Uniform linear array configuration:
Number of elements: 16
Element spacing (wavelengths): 0.5
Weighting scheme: blackman
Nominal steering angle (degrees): -15
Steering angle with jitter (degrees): -15.536
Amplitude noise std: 0.05
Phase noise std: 0.05

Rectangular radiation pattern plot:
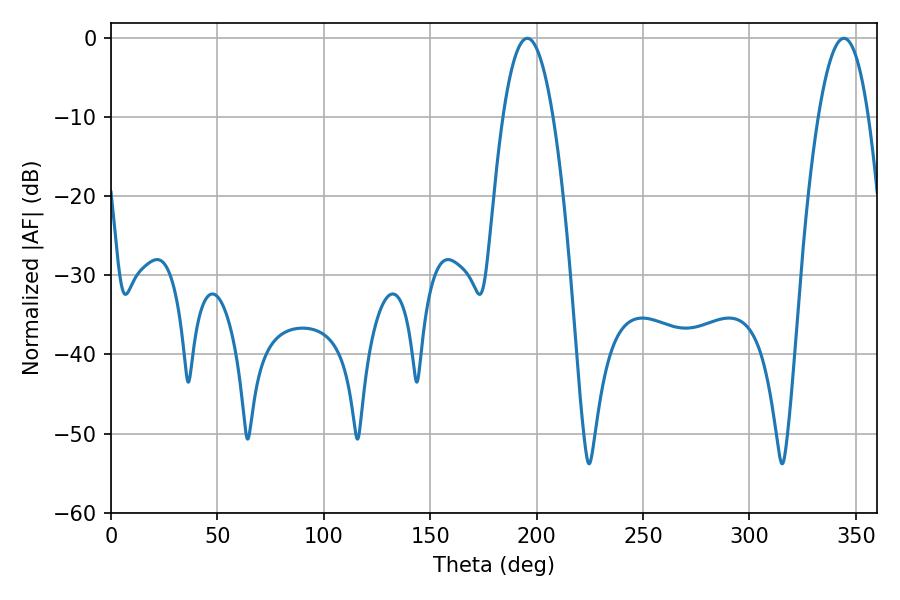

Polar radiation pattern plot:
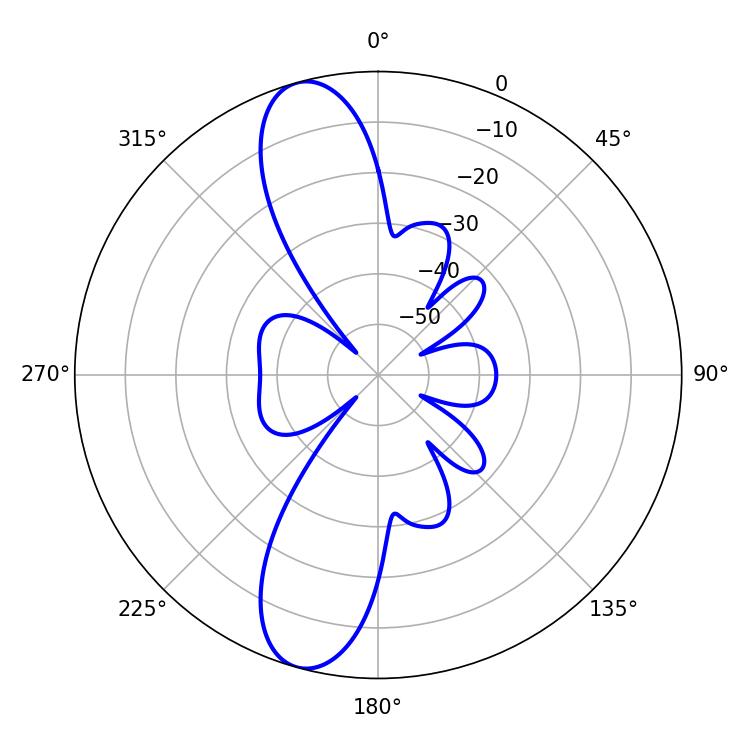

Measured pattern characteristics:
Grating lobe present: FALSE
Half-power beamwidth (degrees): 12.96
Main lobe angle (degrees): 195.66